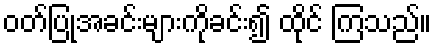
ဝတ်ပြုအခင်းများကိုခင်း၍ ထိုင် ကြသည်။